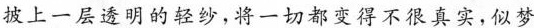
披上一层透明的轻纱，将一切都变得不很真实，似梦